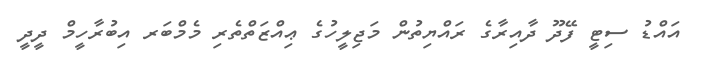
އައްޑު ސިޓީ ފޭދޫ ދާއިރާގެ ރައްޔިތުން މަޖިލީހުގެ ޢިއްޒަތްތެރި މެމްބަރ އިބުރާހީމް ދީދީ